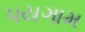
પયગામ